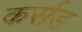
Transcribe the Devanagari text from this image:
कर्सड